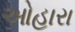
ઓહારા